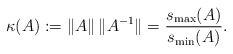
\begin{align*}\kappa(A):=\lVert A\rVert\,\lVert A^{-1}\rVert=\frac{s_{\max}(A)}{s_{\min}(A)}.\end{align*}